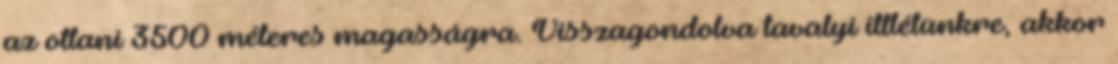
az ottani 3500 méteres magasságra. Visszagondolva tavalyi ittlétünkre, akkor